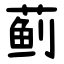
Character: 蓟